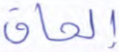
إلحاق